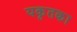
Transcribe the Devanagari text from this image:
यकृतका